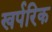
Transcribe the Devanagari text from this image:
खर्परिक